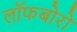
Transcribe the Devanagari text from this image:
लॉफबोरो